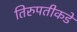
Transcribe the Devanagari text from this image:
तिरुपतीकडे